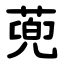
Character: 蔸